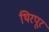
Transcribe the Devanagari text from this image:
थिरपूर